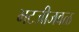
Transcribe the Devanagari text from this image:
भटजीजवळ